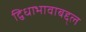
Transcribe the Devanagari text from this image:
द्विधाभावाबद्द्ल